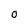
Character: 0